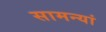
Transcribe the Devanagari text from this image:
सामन्यां